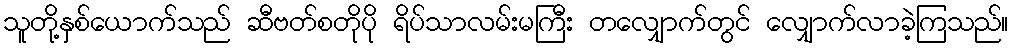
သူတို့နှစ်ယောက်သည် ဆီဗတ်စတိုပို ရိပ်သာလမ်းမကြီး တလျှောက်တွင် လျှောက်လာခဲ့ကြသည်။